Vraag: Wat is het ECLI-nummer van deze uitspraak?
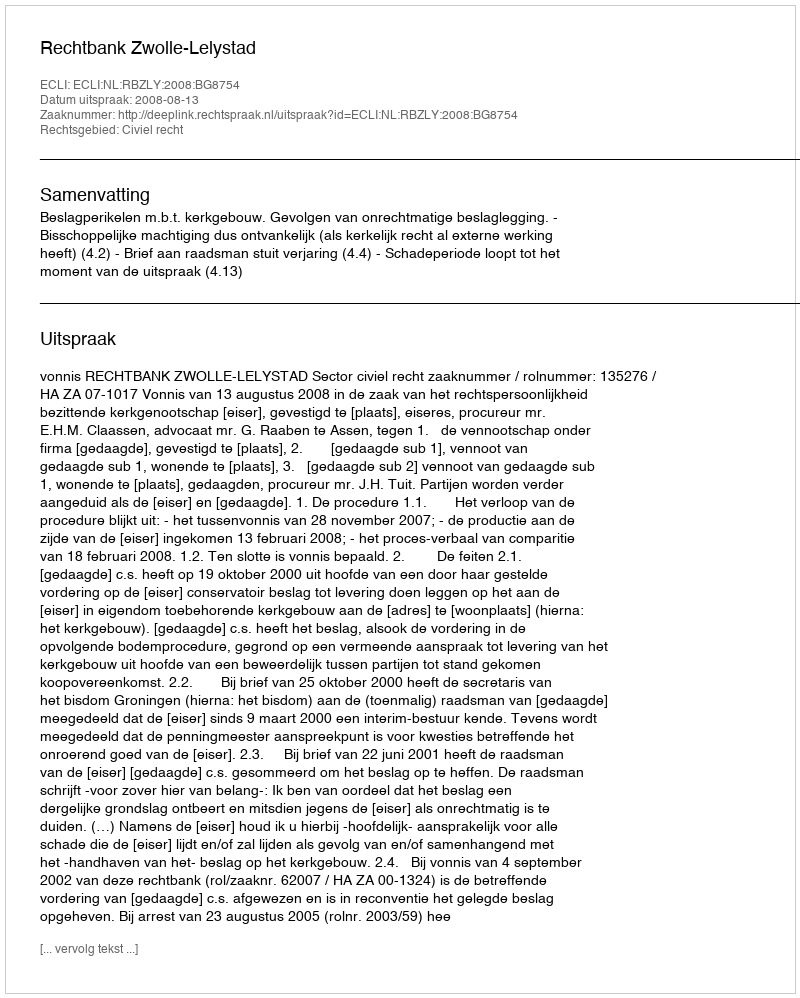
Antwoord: ECLI:NL:RBZLY:2008:BG8754